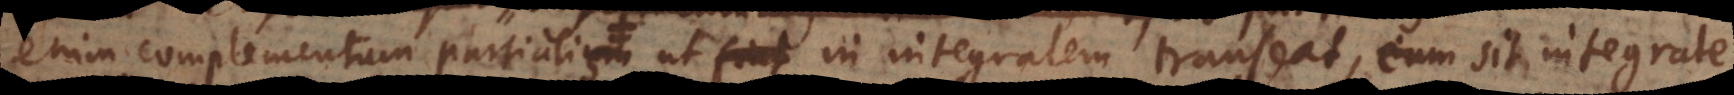
enim complementum partialis, ut in integralem transeat, cum sit integrale,